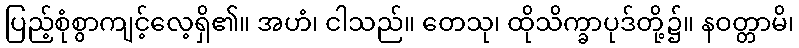
ပြည့်စုံစွာကျင့်လေ့ရှိ၏။ အဟံ၊ ငါသည်။ တေသု၊ ထိုသိက္ခာပုဒ်တို့၌။ နဝတ္တာမိ၊